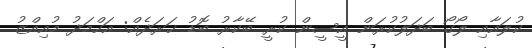
ކުލައާއި ލޯގޯ ބަދަލުކުރަން އީސީން ކުރީ ބޭކާރު ބޮޑު ޚަރަދެއް: އަހްމަދު މުއިއްޒު